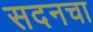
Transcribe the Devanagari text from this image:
सदनचा